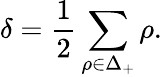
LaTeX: \delta={\frac{1}{2}}\sum_{\rho\in\Delta_{+}}\rho.